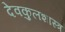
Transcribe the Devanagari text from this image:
देवकुलशास्त्र